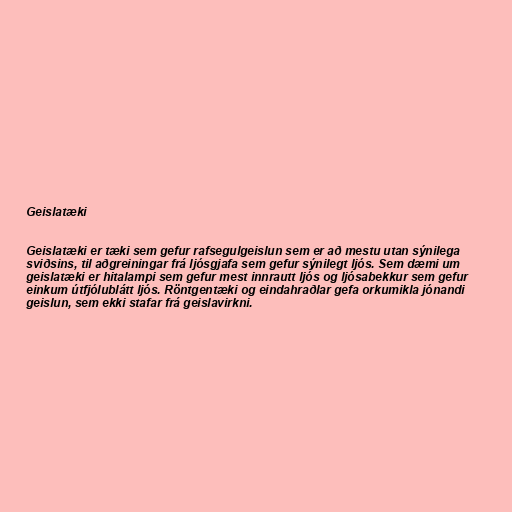
Geislatæki

Geislatæki er tæki sem gefur rafsegulgeislun sem er að mestu utan sýnilega
sviðsins, til aðgreiningar frá ljósgjafa sem gefur sýnilegt ljós. Sem dæmi um
geislatæki er hitalampi sem gefur mest innrautt ljós og ljósabekkur sem gefur
einkum útfjólublátt ljós. Röntgentæki og eindahraðlar gefa orkumikla jónandi
geislun, sem ekki stafar frá geislavirkni.